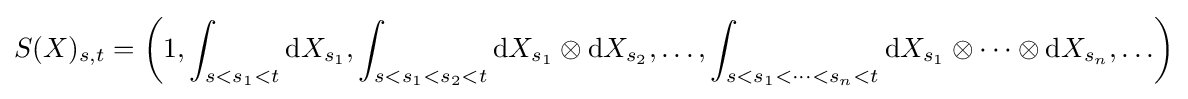
S(X)_{s,t}=\left(1,\int _{s<s_{1}<t}\mathrm {d} X_{s_{1}},\int _{s<s_{1}<s_{2}<t}\mathrm {d} X_{s_{1}}\otimes \mathrm {d} X_{s_{2}},\ldots ,\int _{s<s_{1}<\cdots <s_{n}<t}\mathrm {d} X_{s_{1}}\otimes \cdots \otimes \mathrm {d} X_{s_{n}},\ldots \right)